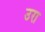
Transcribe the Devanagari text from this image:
उरा